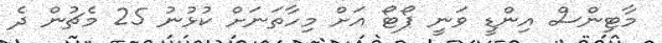
މާޓިންސް އިންޑީ ވަނީ ޕޯޓޯ އަށް މިހާތަނަށް ކުޅުނު 25 މެޗުން ދެ